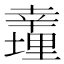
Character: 𢆪